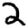
Digit: 2